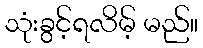
သုံးခွင့်ရလိမ့် မည်။